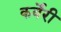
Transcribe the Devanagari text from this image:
कर्वेरी